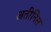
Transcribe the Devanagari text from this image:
अतीनिल